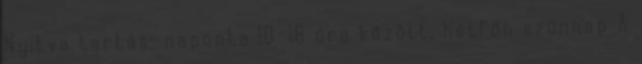
Nyitva tartás: naponta 10-18 óra között, hétfőn szünnap A